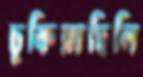
ঢুকিয়াছিলি